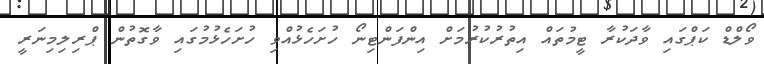
ވޯލްޑް ކަޕްގައި ވާދަކުރާ ޓީމުތައް އިތުރުކުރުމަށް އިންފަންޓިނޯ ހުށަހެޅުއްވި ހުށަހެޅުމުގައި ވާގޮތުން ޕްރިލިމިނަރީ